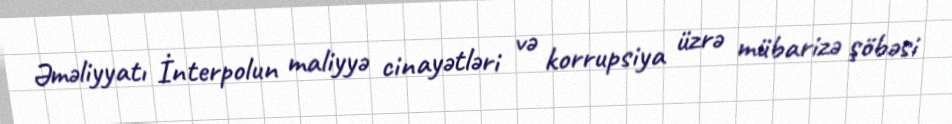
Əməliyyatı İnterpolun maliyyə cinayətləri və korrupsiya üzrə mübarizə şöbəsi